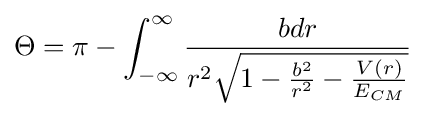
\Theta =\pi -\int _{-\infty }^{\infty }{\frac {bdr}{r^{2}{\sqrt {1-{\frac {b^{2}}{r^{2}}}-{\frac {V(r)}{E_{CM}}}}}}}